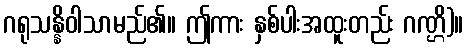
ဂရုသန္နိဝါသာမည်၏။ ဤကား နှစ်ပါးအထူးတည်း ဂဏ္ဌိ)။